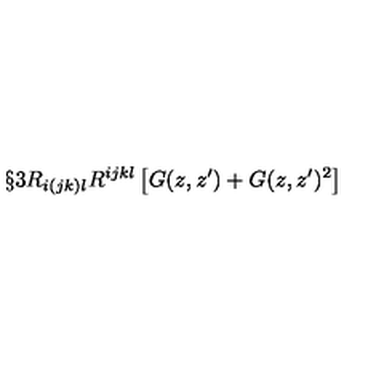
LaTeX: \S { 3 } R _ { i ( j k ) l } R ^ { i j k l } \left[ G ( z , z ^ { \prime } ) + G ( z , z ^ { \prime } ) ^ { 2 } \right]